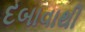
દબાવાથી